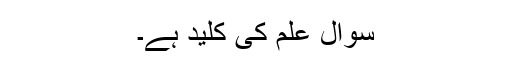
سوال علم کی کلید ہے۔